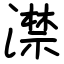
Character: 澿